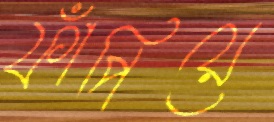
ফাঁপিয়ে